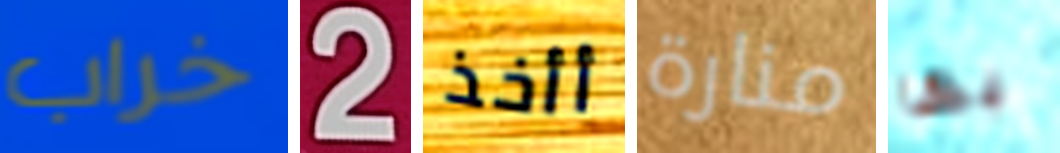
خراب 2 أأخذ منارة بها